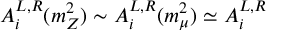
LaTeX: A _ { i } ^ { L , R } ( m _ { Z } ^ { 2 } ) \sim A _ { i } ^ { L , R } ( m _ { \mu } ^ { 2 } ) \simeq A _ { i } ^ { L , R }